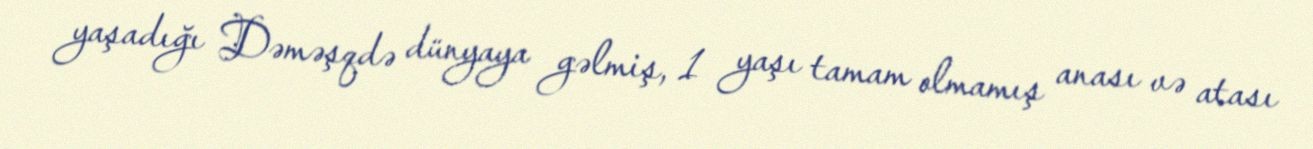
yaşadığı Dəməşqdə dünyaya gəlmiş, 1 yaşı tamam olmamış anası və atası